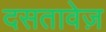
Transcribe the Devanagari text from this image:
दसतावेज़